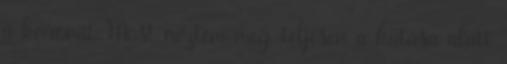
a koronát Most néztem meg, teljesen a hatása alatt